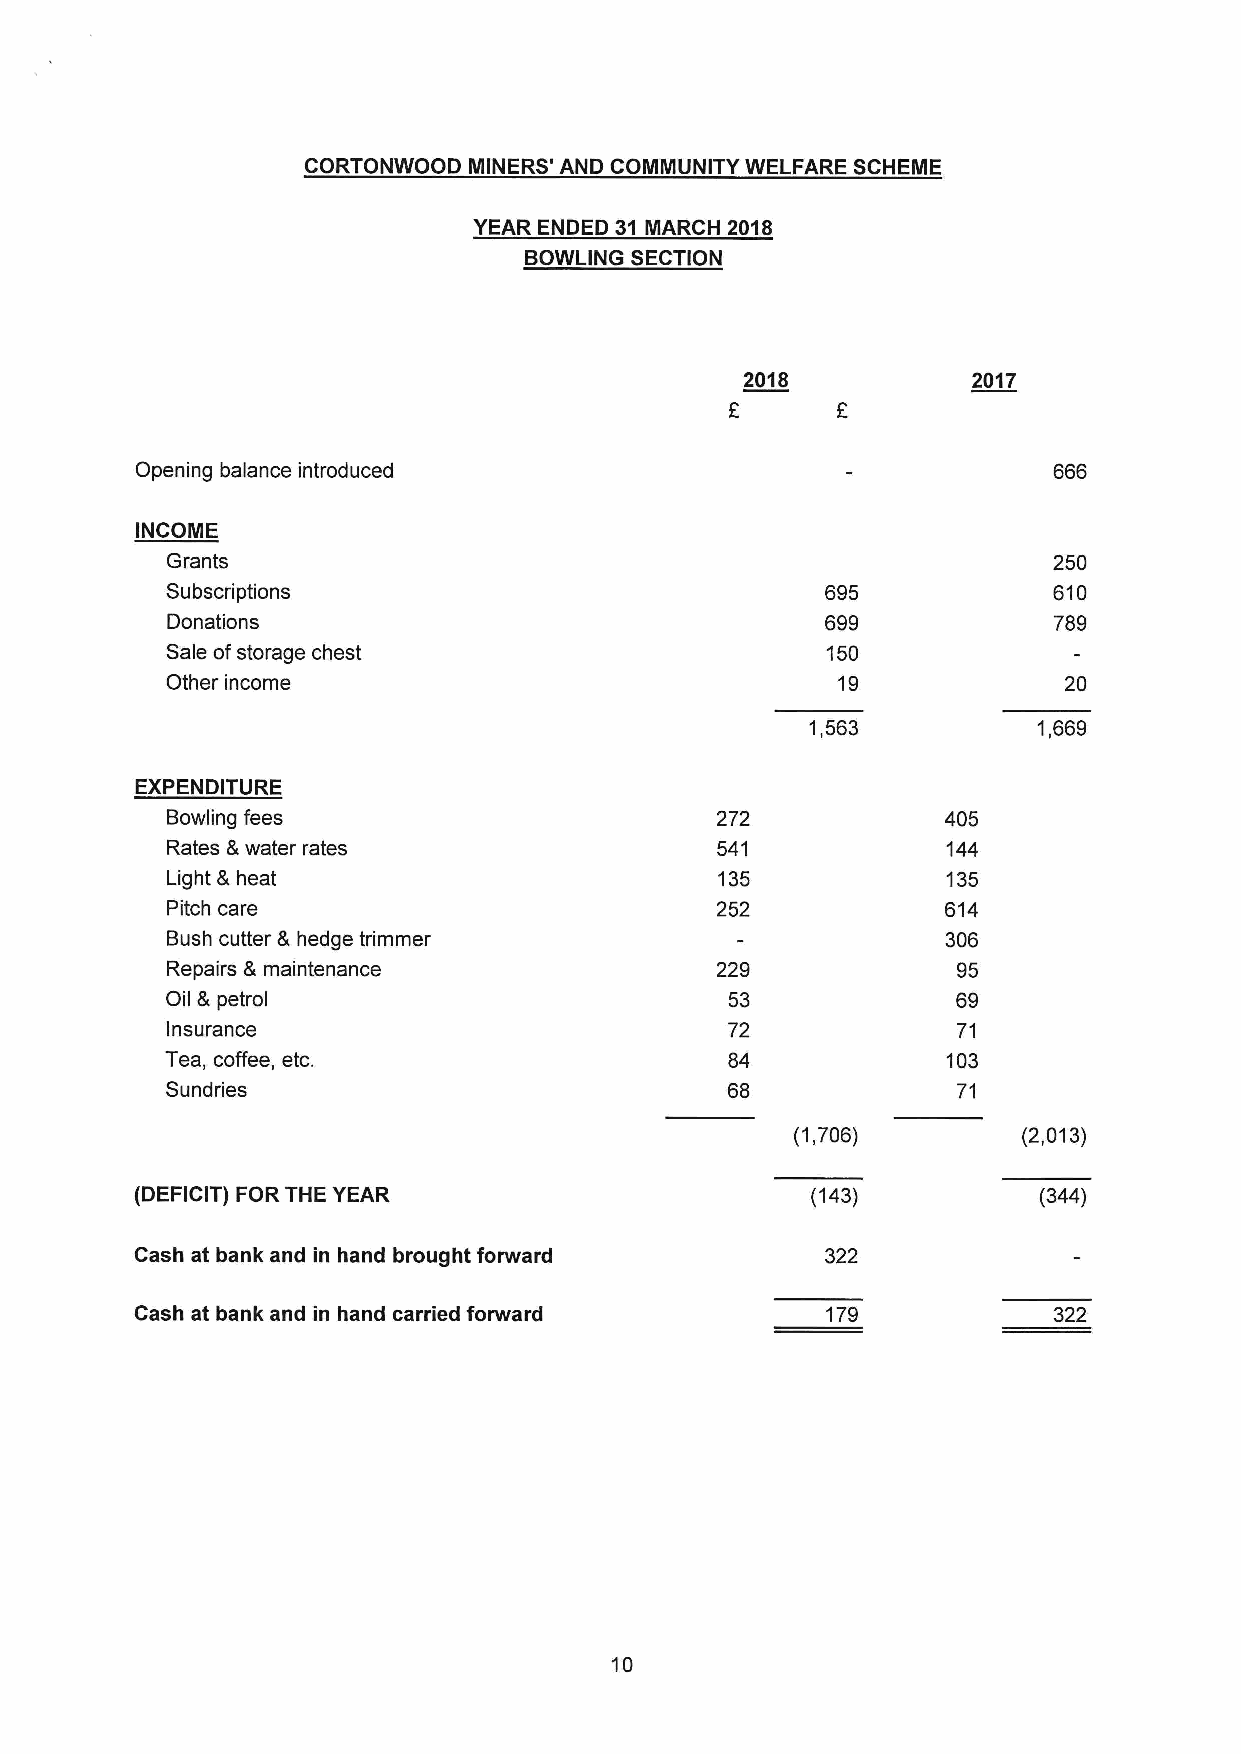
CORTONWOOD MINERS' AND COMMUNITY WELFARE SCHEME
 YEAR ENDED 31 MARCH 2018
 BOWLING SECTION
 2018           2017
 E
 Opening balance introduced                                   666
 INCOME
 Grants                                                     250
 Subscriptions                               695            610
 Donations                                   699            789
 Sale ofstorage chest                        150
 Other income                                19             20
 1,563          1,669
 EXPENDITURE
 Bowling fees                        272            405
 Rates Lwater rates                  541             144
 Light &heat                          135            135
 Pitch care                          252            614
 Bush cutter 8 hedge trimmer                         306
 Repairs 8 maintenance               229             95
 Oil 8 petrol                         53             69
 Insurance                            72             71
 Tea, coffee, etc.                    84             103
 Sundries                             68             71
 (1,706)        (2,013)
 (DEFICIT) FOR THE YEAR                       (143)          (344)
 Cash at bank and in hand brought forward      322
 Cash at bank and in hand carried forward      179            322
 10